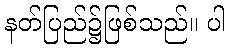
နတ်ပြည်၌ဖြစ်သည်။ ပါ